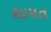
સામત